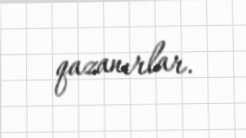
qazanırlar.